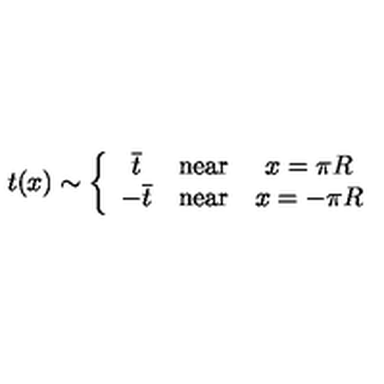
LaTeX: t ( x ) \sim \left\{ \begin{array} { c c c } { \overline { { t } } } & { \mathrm { n e a r } } & { x = \pi R } \\ { - \overline { { t } } } & { \mathrm { n e a r } } & { x = - \pi R } \\ \end{array} \right.